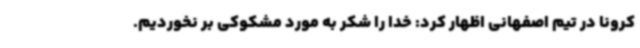
کرونا در تیم اصفهانی اظهار کرد: خدا را شکر به مورد مشکوکی بر نخوردیم.